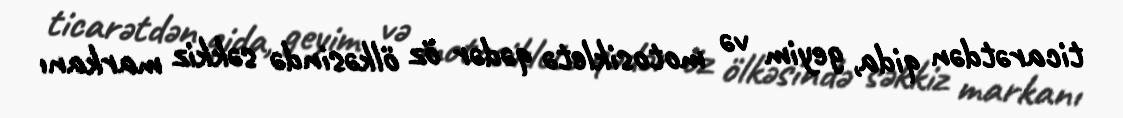
ticarətdən qida, geyim və motosikletə qədər öz ölkəsində səkkiz markanı